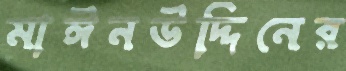
মাঈনউদ্দিনের